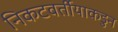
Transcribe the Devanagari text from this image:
निकटवर्तीयाकडुन